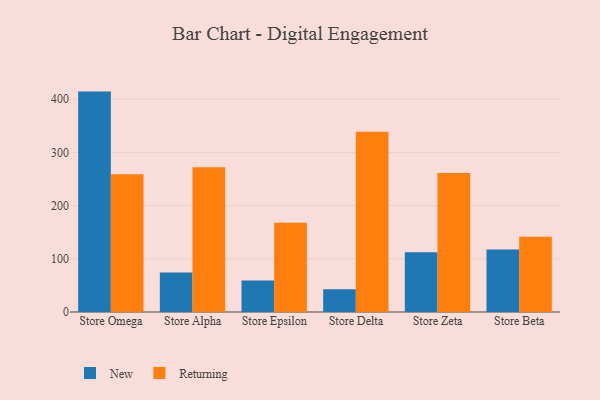
{"axis": {"x": "Store", "y": "Customer Acquisition Cost (USD)"}, "legend": ["New", "Returning"], "data": [{"x": "Store Omega", "y": 414.3, "type": "New"}, {"x": "Store Omega", "y": 258.8, "type": "Returning"}, {"x": "Store Alpha", "y": 74.1, "type": "New"}, {"x": "Store Alpha", "y": 272.2, "type": "Returning"}, {"x": "Store Epsilon", "y": 59.4, "type": "New"}, {"x": "Store Epsilon", "y": 167.7, "type": "Returning"}, {"x": "Store Delta", "y": 42.8, "type": "New"}, {"x": "Store Delta", "y": 338.9, "type": "Returning"}, {"x": "Store Zeta", "y": 112.2, "type": "New"}, {"x": "Store Zeta", "y": 261.5, "type": "Returning"}, {"x": "Store Beta", "y": 117.7, "type": "New"}, {"x": "Store Beta", "y": 141.6, "type": "Returning"}]}